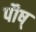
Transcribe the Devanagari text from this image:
पौष्